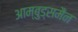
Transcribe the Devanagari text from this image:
आम्बुड्समैन